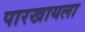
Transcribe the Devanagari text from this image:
पारखायला